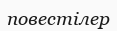
повестілер